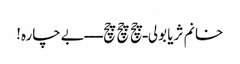
خانم ثریا بولی ـ چچ چچ چچ ـ ـ ـ ـ بےچارہ!